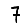
Digit: 7